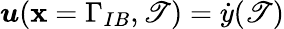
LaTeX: \boldsymbol{u}(\boldsymbol{\mathbf{x}}=\Gamma_{IB},\mathscr{T})=\dot{{y}}(\mathscr{T})